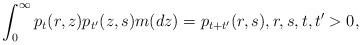
LaTeX: \begin{align*} \int_0^\infty p_t(r,z)p_{t'}(z,s)m(dz) = p_{t+t'}(r,s), r,s,t,t'>0, \end{align*}